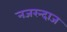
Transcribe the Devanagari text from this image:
नजरन्दाज